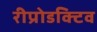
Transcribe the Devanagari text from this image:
रीप्रोडक्टिव